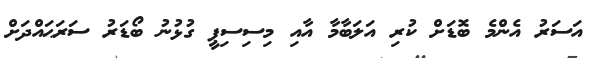
އަސަރު އެންމެ ބޮޑަށް ކުރި އަލަބާމާ އާއި މިސިސިޕީ ގުޅުނު ބޯޑަރު ސަރަޙައްދަށް